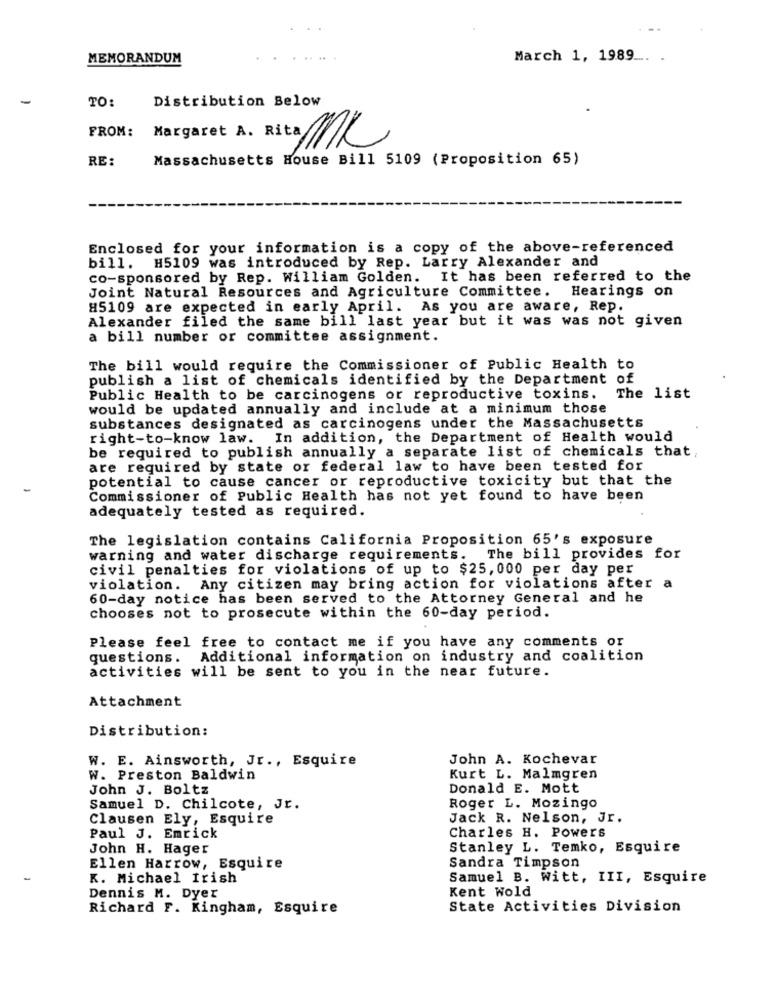
MEMORANDUM
March 1, 1989_
TO:
Distribution Below
FROM:
MC
RE:
Massachusetts House Bill 5109 (Proposition 65)
Enclosed for your information is a copy of the above-referenced
bill.
H5109 was introduced by Rep. Larry Alexander and
co-sponsored by Rep. William Golden. It has been referred to the
Joint Natural Resources and Agriculture Committee. Hearings on
H5109 are expected in early April. As you are aware, Rep.
Alexander filed the same bill last year but it was was not given
a bill number or committee assignment.
The bill would require the Commissioner of Public Health to
publish a list of chemicals identified by the Department of
Public Health to be carcinogens or reproductive toxins.
The list
would be updated annually and include at a minimum those
substances designated as carcinogens under the Massachusetts
right-to-know law. In addition, the Department of Health would
be required to publish annually a separate list of chemicals that,
are required by state or federal law to have been tested for
potential to cause cancer or reproductive toxicity but that the
Commissioner of Public Health has not yet found to have been
adequately tested as required.
The legislation contains California Proposition 65's exposure
warning and water discharge requirements.
The bill provides for
civil penalties for violations of up to $25, 000 per day per
violation. Any citizen may bring action for violations after a
60-day notice has been served to the Attorney General and he
chooses not to prosecute within the 60-day period.
Please feel free to contact me if you have any comments or
questions. Additional information on industry and coalition
activities will be sent to you in the near future.
Attachment
Distribution:
W. E. Ainsworth, Jr ., Esquire
John A. Kochevar
W. Preston Baldwin
Kurt L. Malmgren
John J. Boltz
Donald E. Mott
Samuel D. Chilcote, Jr.
Roger L. Mozingo
Clausen Ely, Esquire
Jack R. Nelson, Jr.
Charles H. Powers
Paul J. Emrick
John H. Hager
Stanley L. Temko, Esquire
Ellen Harrow, Esquire
Sandra Timpson
K. Michael Irish
Samuel B. Witt, III, Esquire
Kent Wold
Dennis M. Dyer
Richard F. Kingham, Esquire
State Activities Division